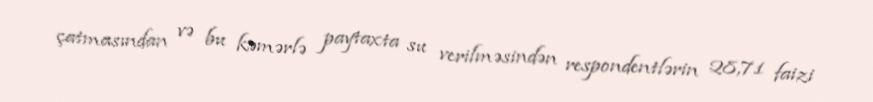
çatmasından və bu kəmərlə paytaxta su verilməsindən respondentlərin 28,71 faizi